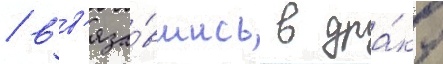
/ вв'яза́вшись в дра́ку